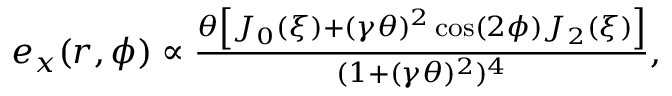
\begin{array} { r } { e _ { x } ( r , \phi ) \propto \frac { \theta \left[ J _ { 0 } \left( \xi \right) + ( \gamma \theta ) ^ { 2 } \cos ( 2 \phi ) J _ { 2 } \left( \xi \right) \right] } { ( 1 + ( \gamma \theta ) ^ { 2 } ) ^ { 4 } } , } \end{array}